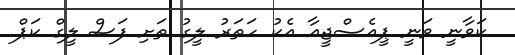
ކަވާނީ ވަނީ ޕީއެސްޖީއާ އެކު ހަތަރު ލީގު ތަށި ފަސް ލީގް ކަޕް